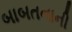
બાબતનાની